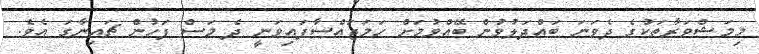
މިމަޝްވަރާތަކުގެ ދެވަނަ ބައްދަލުވުން ބޭއްވުމަށް ހަމަޖައްސާފައިވަނީ ދެ މަސް ފަހުން ޗައިނާގަ އެވެ.